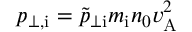
p _ { \perp , \mathrm { i } } = \widetilde { p } _ { \perp \mathrm { i } } m _ { \mathrm { i } } n _ { 0 } v _ { \mathrm { A } } ^ { 2 }